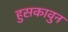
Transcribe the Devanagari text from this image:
हुसकावुन